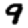
Digit: 9